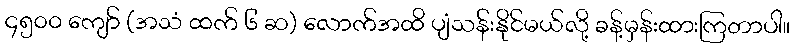
၄၅၀၀ ကျော် (အသံ ထက် ၆ ဆ) လောက်အထိ ပျံသန်းနိုင်မယ်လို့ ခန့်မှန်းထားကြတာပါ။